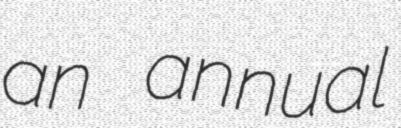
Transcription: an annual